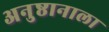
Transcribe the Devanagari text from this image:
अनुष्ठानाला